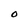
Character: O